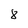
Character: 8